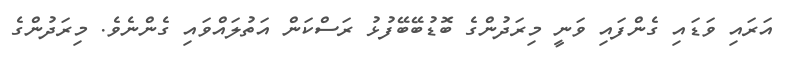
އަރައި ވަޑައި ގެންފައި ވަނީ މިރަދުންގެ ބޮޑުބޭބޭފުޅު ރަސްކަން އަތުލައްވައި ގެންނެވެ. މިރަދުންގެ